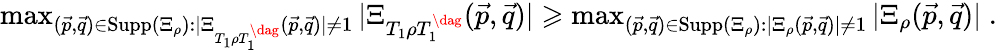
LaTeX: \begin{array}{r}{\operatorname*{max}_{(\vec{p},\vec{q})\in\mathrm{Supp}(\Xi_{\rho}):|\Xi_{T_{1}\rho T_{1}^{\dag}}(\vec{p},\vec{q})|\neq 1}|\Xi_{T_{1}\rho T_{1}^{\dag}}(\vec{p},\vec{q})|\geqslant\operatorname*{max}_{(\vec{p},\vec{q})\in\mathrm{Supp}(\Xi_{\rho}):|\Xi_{\rho}(\vec{p},\vec{q})|\neq 1}|\Xi_{\rho}(\vec{p},\vec{q})|\; .}\end{array}